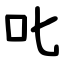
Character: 叱